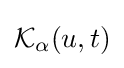
{\mathcal {K}}_{\alpha }(u,t)